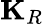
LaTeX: \mathbf{K}_{R}